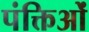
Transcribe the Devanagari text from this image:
पंक्तिओं